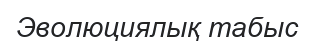
Эволюциялық табыс